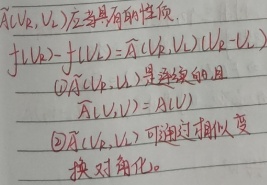
$\widetilde{A}(V_k, V_l)$应具备的性质.
$f(V_k)-f(V_l)=\widetilde{A}(V_k, V_l)(V_k - V_l)$
 \textcircled{1}$\widetilde{A}(V_k, V_l)$是连续的且
$\widetilde{A}(V, V)=A(V)$
 \textcircled{2}$\widetilde{A}(V_k, V_l)$可通过相似变
换对角化。